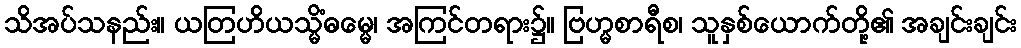
သိအပ်သနည်း။ ယတြဟိယသ္မိံဓမ္မေ၊ အကြင်တရား၌။ ဗြဟ္မစာရီစ၊ သူနှစ်ယောက်တို့၏ အချင်းချင်း